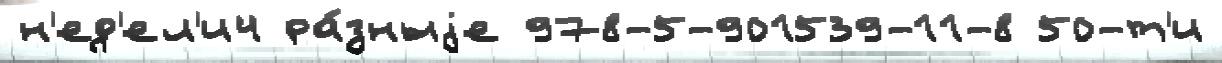
н'ед'ел'и4 ра́зныjе 978-5-901539-11-8 50-т'и